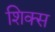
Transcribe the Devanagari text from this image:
शिक्स